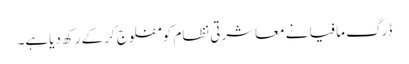
ڈرگ مافیا نے معاشرتی نظام کو مفلوج کرکے رکھ دیاہے۔